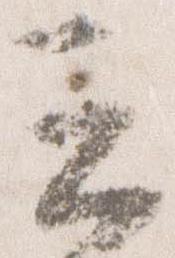
云